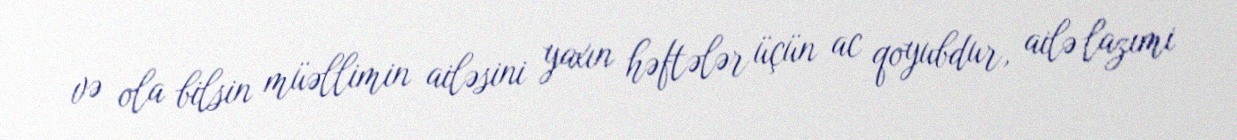
və ola bilsin müəllimin ailəsini yaxın həftələr üçün ac qoyubdur, ailə lazımi